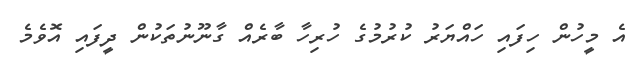
އެ މީހުން ހިފައި ހައްޔަރު ކުރުމުގެ ހުރިހާ ބާރެއް ގާނޫނުތަކުން ދީފައި އޮވެމެ